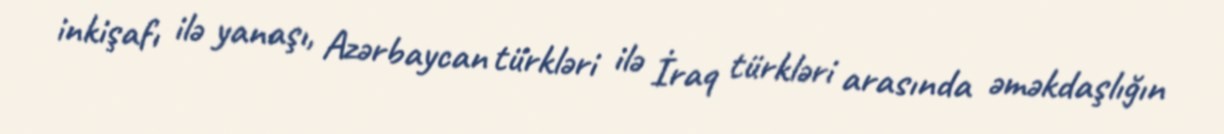
inkişafı ilə yanaşı, Azərbaycan türkləri ilə İraq türkləri arasında əməkdaşlığın